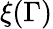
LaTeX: \xi(\Gamma)